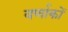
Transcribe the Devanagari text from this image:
वर्णाकों